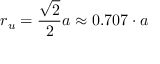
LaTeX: r _ { u } = { \frac { \sqrt { 2 } } { 2 } } a \approx 0 . 7 0 7 \cdot a